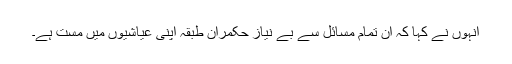
انہوں نے کہا کہ ان تمام مسائل سے بے نیاز حکمران طبقہ اپنی عیاشیوں میں مست ہے۔